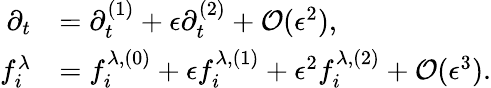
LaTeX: \begin{array}{rl}{\partial_{t}}&{=\partial_{t}^{(1)}+\epsilon\partial_{t}^{(2)}+\mathcal{O}(\epsilon^{2}),}\\ {f_{i}^{\lambda}}&{=f_{i}^{\lambda,(0)}+\epsilon f_{i}^{\lambda,(1)}+\epsilon^{2}f_{i}^{\lambda,(2)}+\mathcal{O}(\epsilon^{3}).}\end{array}